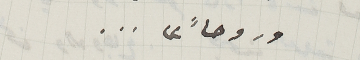
وروحاً"...